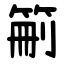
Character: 䈀